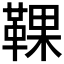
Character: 𩋗